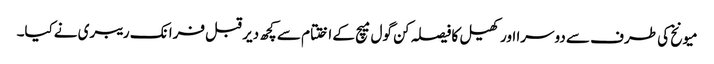
میونخ کی طرف سے دوسرا اور کھیل کا فیصلہ کن گول میچ کے اختتام سے کچھ دیر قبل فرانک ریبری نےکیا۔